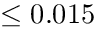
\leq 0 . 0 1 5